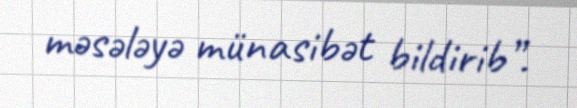
məsələyə münasibət bildirib”.